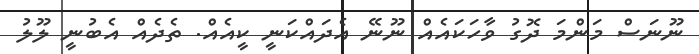
ނޫނަސް މަންމަ ދޮގު ވާހަކައެއް ނޫނޭ އެދައްކަނީ ކީއެއް. ތެދެއް އެބުނީ ލޫލު